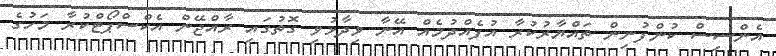
އެންސިސް ކުންފުނިން ތައްޔާރުކުރާ އުފެއްދުމެއް އޭނާ ވިދާޅުވި ގޮތުގައި ރާއްޖޭން އެކްސްޕޯޓްކުރާ މަހުގެ